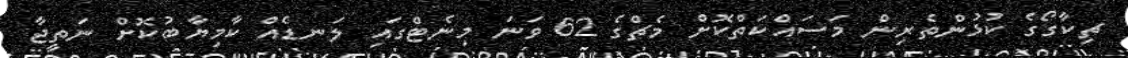
ޗިކާގޯގެ ކުޅުންތެރިން މަސައްކަތްކޮށް މެޗްގެ 62 ވަނަ މިނެޓްގައި ލަނޑެއް ކާމިޔާބުކޮށް ނަތީޖާ